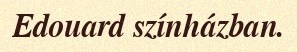
Edouard színházban.